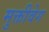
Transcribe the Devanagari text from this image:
मुक्तीवेग